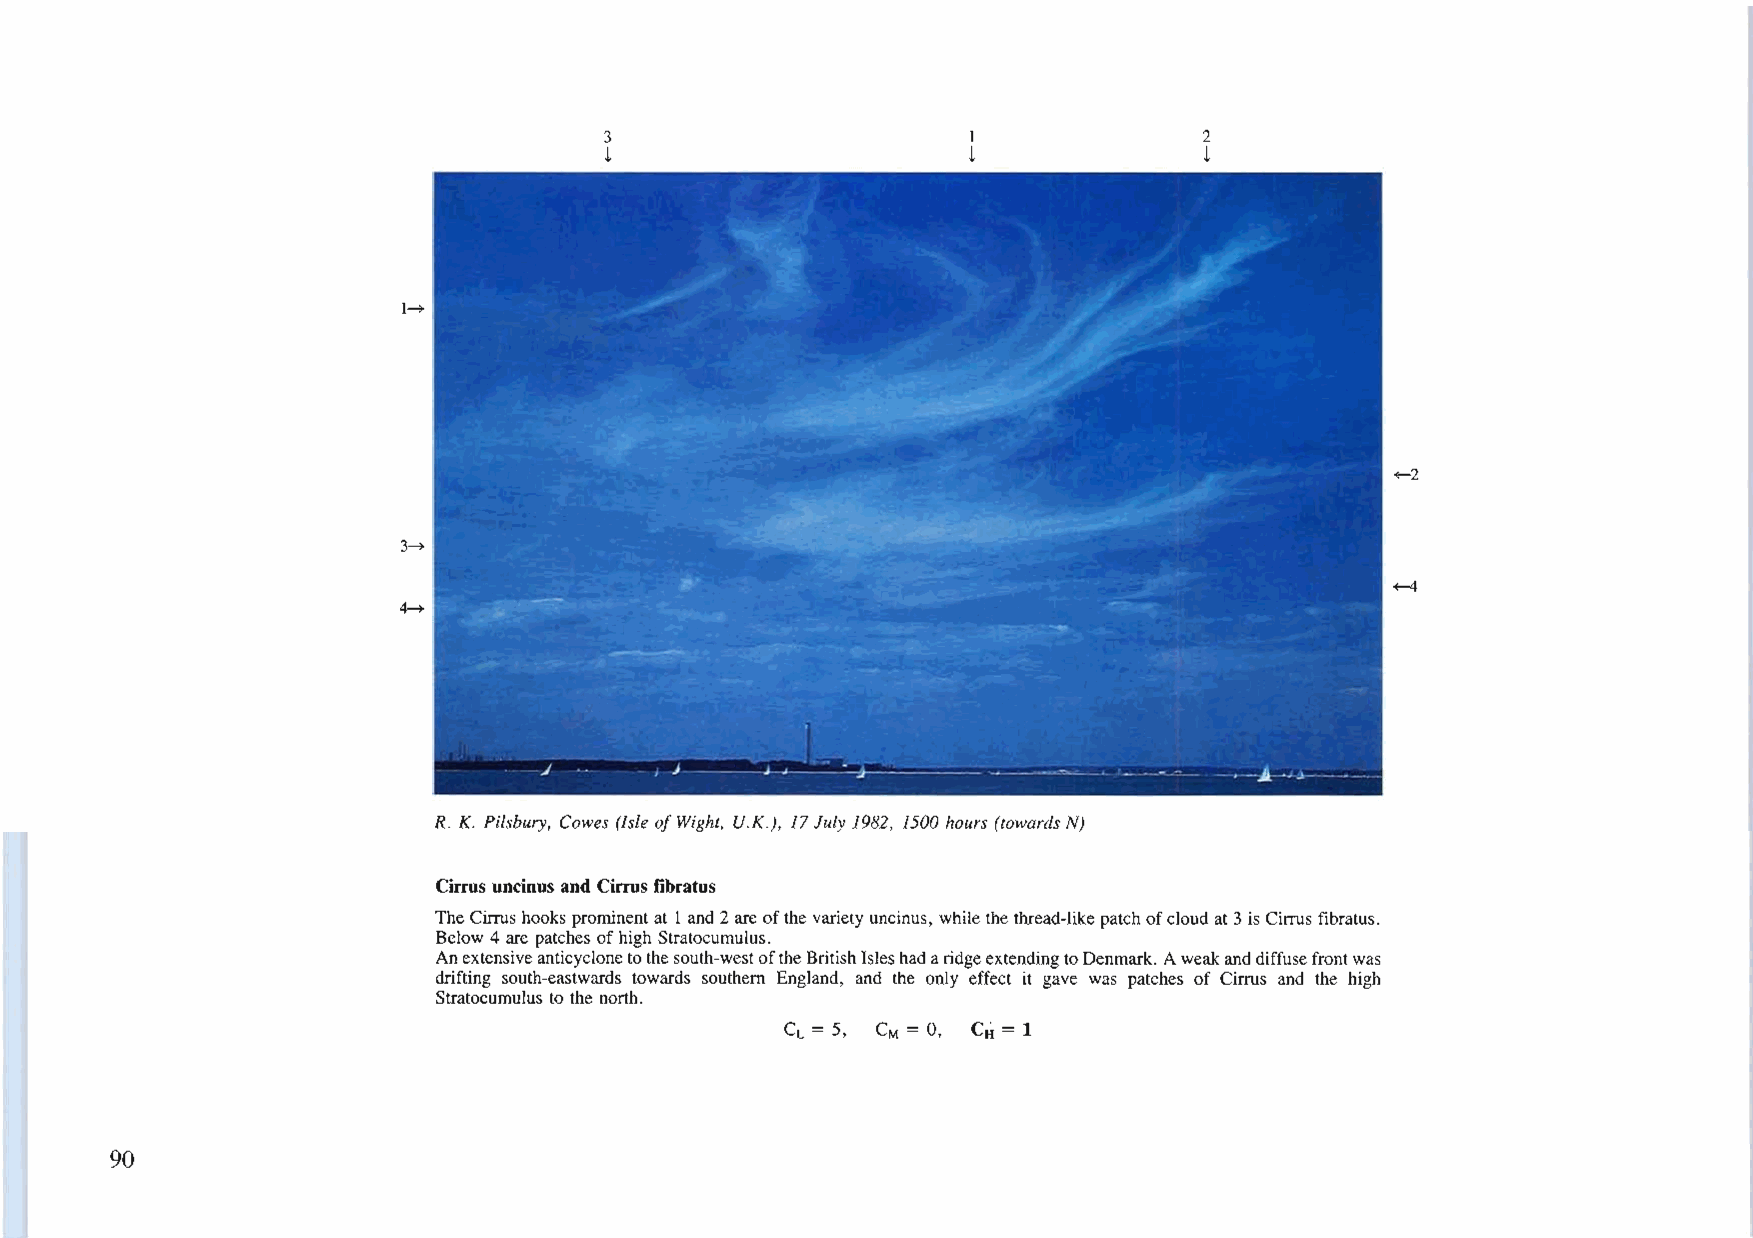
3                       I               2
 t                       t               t
 l~
 +-2
 3~
 ~
 ~
 R. K. Pilsbury, Cowes (Isle ofWight, U.K.), 17July 1982, 1500 hours (towards N)
 Cirrus uocious aod Cirrusfibratus
 TheCirrushooks prominentat I and 2areofthevariety uncinus, whilethe thread-likepatchofcloud at3isCirrus fibratus.
 Below 4 are patches ofhigh Stratocumulus.
 Anextensiveanticyclonetothesouth-westoftheBritishIsleshadaridgeextendingtoDenmark. Aweakanddiffusefrontwas
 drifting south-eastwards towards southern England, and the only effect it gave was patches of Cirrus and the high
 Stratocumulus to the north.
 CL = 5, CM = 0, CH =1
 90